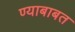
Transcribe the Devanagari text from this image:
ण्याबाबत